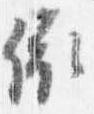
依